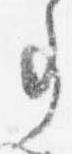
事